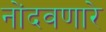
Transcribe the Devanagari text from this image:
नोंदवणारे